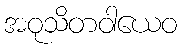
အဝုသိတဝါယေဝ